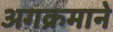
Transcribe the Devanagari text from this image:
अगक्रमाने